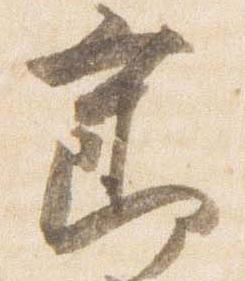
節